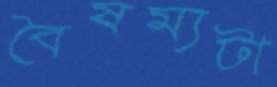
বৈষম্যটা